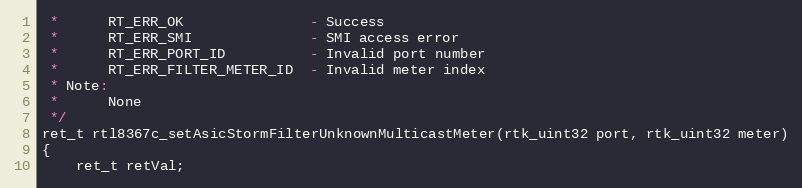
Language: C
 *      RT_ERR_OK               - Success
 *      RT_ERR_SMI              - SMI access error
 *      RT_ERR_PORT_ID          - Invalid port number
 *      RT_ERR_FILTER_METER_ID  - Invalid meter index
 * Note:
 *      None
 */
ret_t rtl8367c_setAsicStormFilterUnknownMulticastMeter(rtk_uint32 port, rtk_uint32 meter)
{
    ret_t retVal;